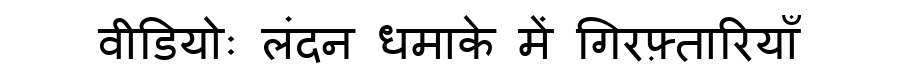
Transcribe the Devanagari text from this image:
वीडियोः लंदन धमाके में गिरफ़्तारियाँ